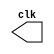
// ------------------------- 
// Exemplo0042 - PULSE AND TRIGGER
// Nome: Eduardo Manoel 
// ------------------------- 

//-----------------------------
// -- CLOCK
//-----------------------------
module clock ( clk );
	output clk;
	reg clk;
	initial begin
	   clk = 1'b0;
	end
	
	always begin
	   #12 clk = ~clk;
	end
endmodule // clock ( )

// --------------------------- 
// -- PULSE 
// --------------------------- 
module pulse ( signal, clock ); 
	input clock; 
	output signal; 
	reg signal; 
	
	always @ ( clock ) 
	begin 
		signal = 1'b1; 
		#3 signal = 1'b0; 
		#3 signal = 1'b1; 
		#3 signal = 1'b0; 
	end 
endmodule // pulse 

// --------------------------- 
// -- TRIGGER
// --------------------------- 
module trigger ( signal, on, clock ); 
	input on, clock; 
	output signal; 
	reg signal; 
	
	always @ ( posedge clock & on ) 
	begin 
		#60 signal = 1'b1; 
		#60 signal = 1'b0; 
	end 
endmodule // trigger 

//-----------------------------
// -- Modulo Principal - Exercicio0042
//-----------------------------
module Exemplo0042; 
	wire clock; 
	reg p; 
	wire Pulse1, Trigger1; 
	
	clock clk ( clock ); 
	pulse pulse1 ( Pulse1, clock ); 
	trigger trigger1 ( Trigger1, p, clock ); 
	
	initial begin 
		p = 1'b0; 
	end 
	
	initial begin 
		$dumpfile ( "D:/DUMPFILES/Exemplo042.vcd" ); 
		$dumpvars ( 1, clock, Pulse1, p, Trigger1 ); 
		$display ( " 1 CLOCK PULSE P TRIGGER ");
		$monitor( " %1b    %b    %b   %b   %b ", 1'b1, clock, Pulse1, p, Trigger1 );
		#060 p = 1'b1; 
		#120 p = 1'b0; 
		#180 p = 1'b1; 
		#240 p = 1'b0; 
		#300 p = 1'b1; 
		#360 p = 1'b0; 
		#376 $finish; 
	end 
endmodule // Exemplo0042